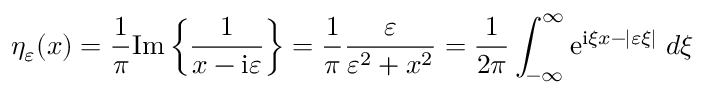
\eta _ { \varepsilon } ( x ) = { \frac { 1 } { \pi } } \mathrm { I m } \left\{ { \frac { 1 } { x - \mathrm { i } \varepsilon } } \right\} = { \frac { 1 } { \pi } } { \frac { \varepsilon } { \varepsilon ^ { 2 } + x ^ { 2 } } } = { \frac { 1 } { 2 \pi } } \int _ { - \infty } ^ { \infty } \mathrm { e } ^ { \mathrm { i } \xi x - | \varepsilon \xi | } \; d \xi